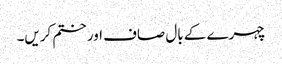
چہرے کے بال صاف اور ختم کریں۔